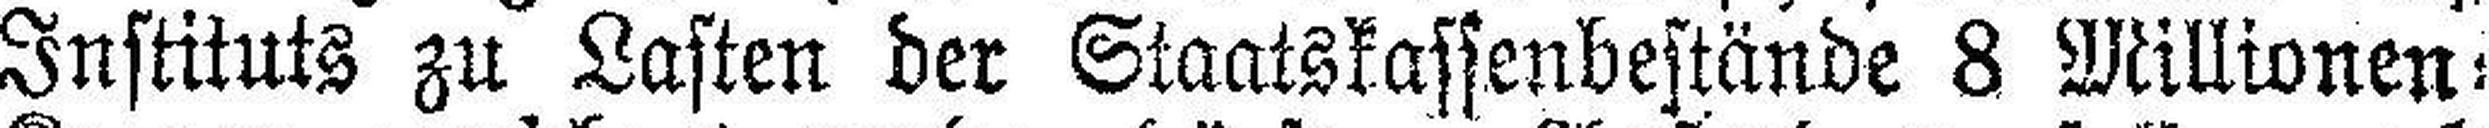
Instituts zu Lasten der Staatskassenbestände 8 Millionen